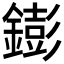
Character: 𨭌